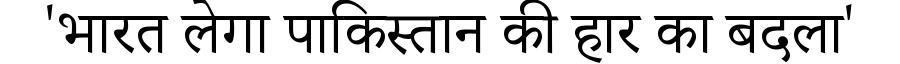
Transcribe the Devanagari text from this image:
'भारत लेगा पाकिस्तान की हार का बदला'